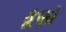
કૂણો